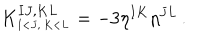
K _ { _ { I < J , \, K < L } } ^ { I J , K L } = - 3 \eta ^ { I K } \eta ^ { J L } \, .